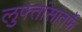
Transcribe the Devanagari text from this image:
लुफ्तांसातर्फे